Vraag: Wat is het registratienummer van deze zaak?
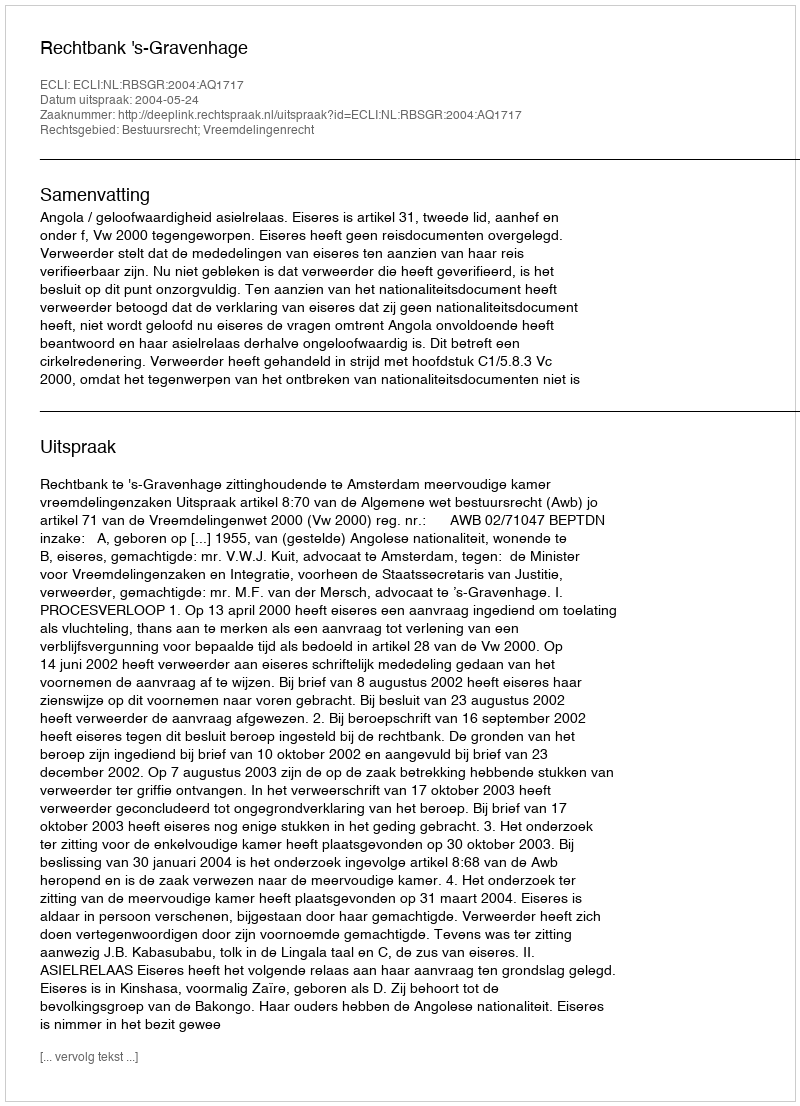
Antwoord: http://deeplink.rechtspraak.nl/uitspraak?id=ECLI:NL:RBSGR:2004:AQ1717